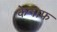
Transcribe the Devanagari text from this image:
केनाफ